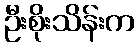
ဦးစိုးသိန်းက